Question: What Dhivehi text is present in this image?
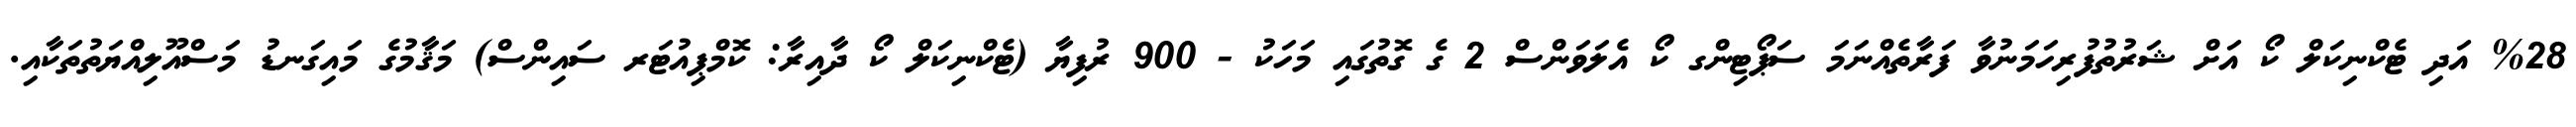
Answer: %28 އަދި ޓެކްނިކަލް ކޯ އަށް ޝަރުތުފުރިހަމަނުވާ ފަރާތެއްނަމަ ސަޕޯޓިންގ ކޯ އެލަވަންސް 2 ގެ ގޮތުގައި މަހަކު - 900 ރުފިޔާ (ޓެކްނިކަލް ކޯ ދާއިރާ: ކޮމްޕިއުޓަރ ސައިންސް) މަޤާމުގެ މައިގަނޑު މަސްއޫލިއްޔަތުތަކާއި.